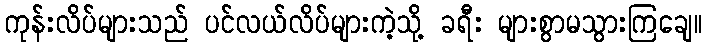
ကုန်းလိပ်များသည် ပင်လယ်လိပ်များကဲ့သို့ ခရီး များစွာမသွားကြချေ။